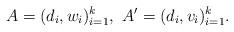
LaTeX: \begin{align*}A=(d_i, w_i)_{i=1}^k, \ A'=(d_i, v_i)_{i=1}^k. \end{align*}